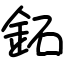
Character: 鉐